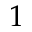
1